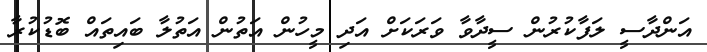
އަންދާސީ ލަފާކުރުން ސީދާވާ ވަރަކަށް އަދި މީހުން އަތުން އަތުލާ ބައިތައް ބޮޑުކުރާ